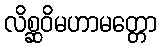
လိစ္ဆဝိမဟာမတ္တော